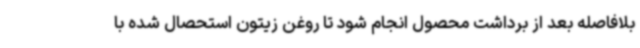
بلافاصله بعد از برداشت محصول انجام شود تا روغن زیتون استحصال شده با